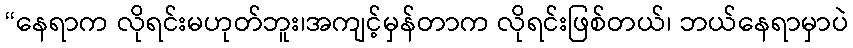
“နေရာက လိုရင်းမဟုတ်ဘူး၊အကျင့်မှန်တာက လိုရင်းဖြစ်တယ်၊ ဘယ်နေရာမှာပဲ